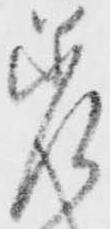
差